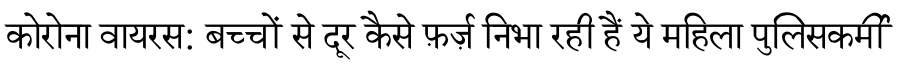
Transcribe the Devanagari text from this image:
कोरोना वायरस: बच्चों से दूर कैसे फ़र्ज़ निभा रही हैं ये महिला पुलिसकर्मी